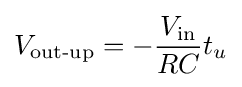
V_{\text{out-up}}=-{\frac {V_{\text{in}}}{RC}}t_{u}